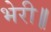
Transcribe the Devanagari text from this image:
भेरी॥